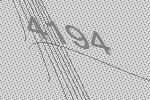
4194